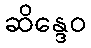
ဆိန္ဒေဝ